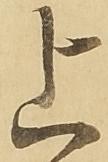
上